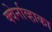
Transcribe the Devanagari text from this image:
क्वेर्नाव्हाका